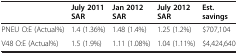
|  | July 2011 SAR | Jan 2012 SAR | July 2012 SAR | Est. savings |
 | --- | --- | --- | --- | --- |
 | PNEU O:E (Actual%) | 1.4 (1.36%) | 1.48 (1.4%) | 1.25 (1.2%) | $707,104 |
 | V48 O:E (Actual%) | 1.5 (1.9%) | 1.11 (1.08%) | 1.04 (1.11%) | $4,424,640 |